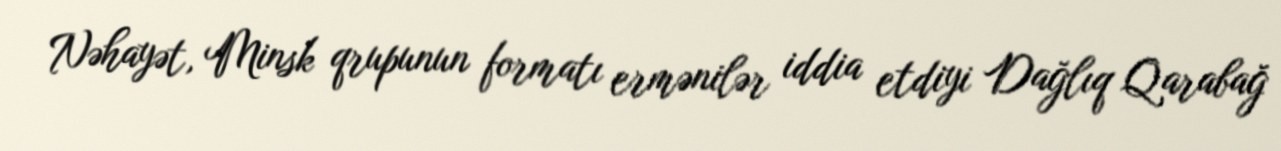
Nəhayət, Minsk qrupunun formatı ermənilər iddia etdiyi Dağlıq Qarabağ